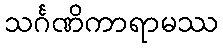
သင်္ဂဏိကာရာမဿ